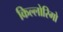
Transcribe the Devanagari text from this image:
किल्लोरिगो